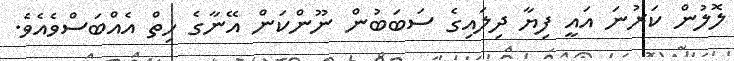
ލޮލުން ކަރުނަ އައީ ފިޔާ ދިލައިގެ ސަބަބުން ނޫންކަން އޭނާގެ ހިތް އެއްބަސްވެއެވެ.